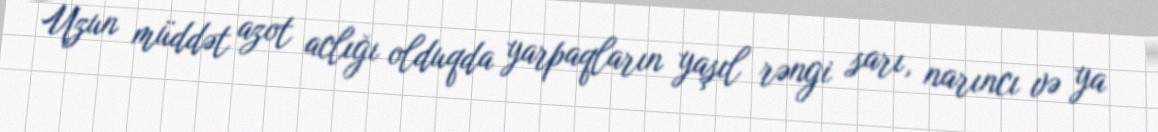
Uzun müddət azot aclığı olduqda yarpaqların yaşıl rəngi sarı, narıncı və ya